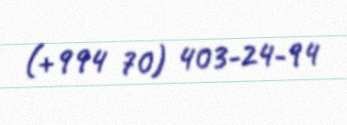
(+994 70) 403-24-94